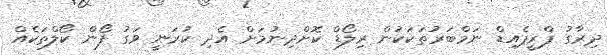
ދިރާގު ޕްރީޕެއިޑް ނަމްބަރުތަކަކުން ރިލޯޑް ކޮށްދިނުމަށް އެދި ކުރަނީ ވަގު ފޯން ކޯލްތަކެއް